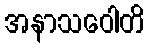
အနာသဝေါတိ